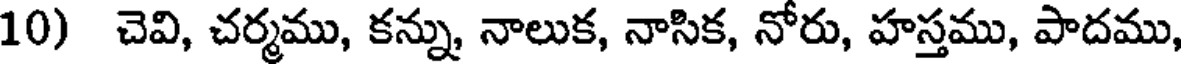
10) చెవి, చర్మము, కన్ను, నాలుక, నాసిక, నోరు, హస్తము, పాదము,